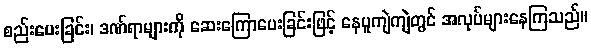
စည်းပေးခြင်း၊ ဒဏ်ရာများကို ဆေးကြောပေးခြင်းဖြင့် နေပူကျဲကျဲတွင် အလုပ်များနေကြသည်။